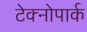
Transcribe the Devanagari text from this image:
टेक्नोपार्क